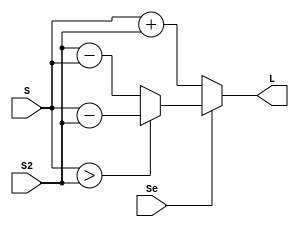
module Somador_Subtrator(input [3:0]S, S2,
			  input Se,
			  output reg [3:0] L);
	
	always@*
		begin
			if(Se == 0)
				L = S+S2;
			else
				if(S>S2)
					L = S-S2;
				else
					L = S2-S;
		end

	
endmodule